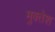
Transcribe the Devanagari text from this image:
मुक्तेश